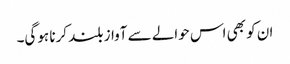
ان کو بھی اس حوالے سے آواز بلند کرنا ہوگی۔